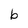
Character: b